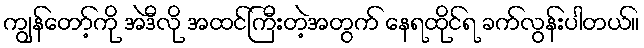
ကျွန်တော့်ကို အဲဒီလို အထင်ကြီးတဲ့အတွက် နေရထိုင်ရ ခက်လွန်းပါတယ်။